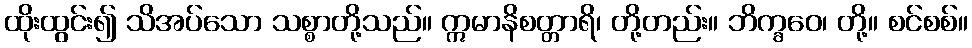
ထိုးထွင်း၍ သိအပ်သော သစ္စာတို့သည်။ ဣမာနိစတ္တာရိ၊ တို့တည်း။ ဘိက္ခဝေ၊ တို့။ စင်စစ်။